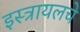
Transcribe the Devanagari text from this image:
इस्त्रायलचे